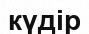
күдір